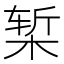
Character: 椠